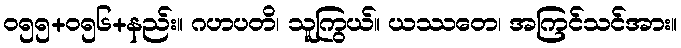
ဝ၅၅+၀၅၆+နည်း။ ဂဟပတိ၊ သူကြွယ်။ ယဿတေ၊ အကြင်သင်အား။